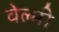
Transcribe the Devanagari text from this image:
वेल्मी